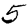
Digit: 5